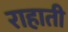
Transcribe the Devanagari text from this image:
राहाती